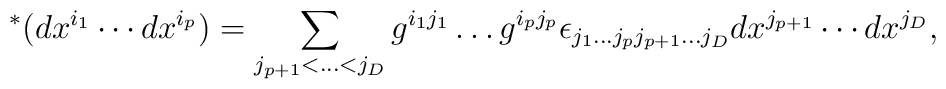
{}^*(dx^{i_1}\cdots dx^{i_p}) = \sum_{j_{p+1} < \ldots <j_{D}}    g^{i_1 j_1}\ldots g^{i_p j_p} \epsilon_{j_1 \ldots j_p j_{p+1}\ldots j_D}    dx^{j_{p+1}}\cdots dx^{j_D},